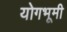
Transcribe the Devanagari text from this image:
योगभूमी